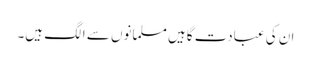
ان کی عبادت گاہیں مسلمانوں سے الگ ہیں۔